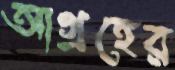
আগ্রহের